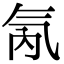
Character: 氝